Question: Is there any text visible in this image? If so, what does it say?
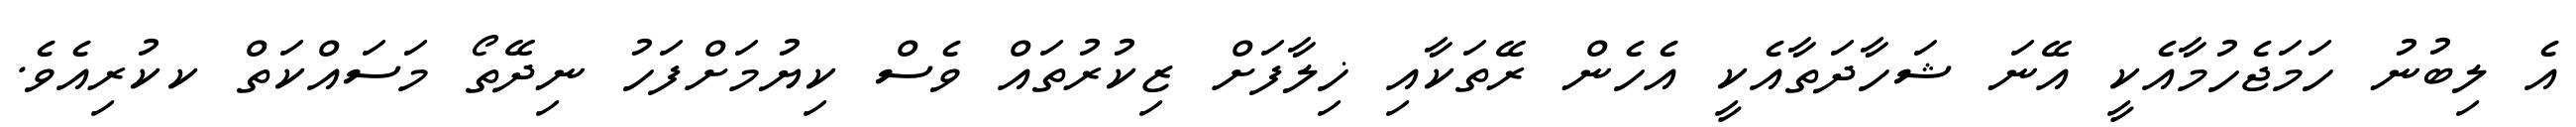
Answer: އެ ލިބުނު ހަމަޖެހުމާއެކީ އޭނަ ޝަހާދަތާއެކީ އެހެން ރޭތަކާއި ޚިލާފަށް ޒިކުރުތައް ވެސް ކިޔުމަށްފަހު ނިދޭތޯ މަސައްކަތް ކކުރިއެވެ.